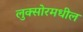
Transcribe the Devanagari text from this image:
लुक्सोरमधील